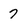
Character: 7